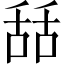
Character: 𦧚